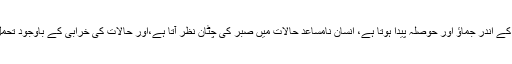
یہ جو انسان کی طبیعت میں انشراحِ صدر پیدا ہوتا ہے، قدموں کے اندر جماؤ اور حوصلہ پیدا ہوتا ہے، انسان نامساعد حالات میں صبر کی چٹان نظر آتا ہے،اور حالات کی خرابی کے باوجود تحمل کاکوہِ گراں نظر آتا ہے، اسی کو نصرت اور تائید کہتے ہیں۔